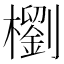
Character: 𣞗